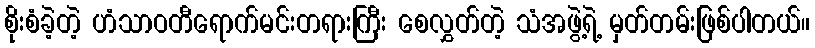
စိုးစံခဲ့တဲ့ ဟံသာဝတီရောက်မင်းတရားကြီး စေလွှတ်တဲ့ သံအဖွဲ့ရဲ့ မှတ်တမ်းဖြစ်ပါတယ်။